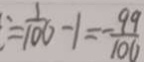
= \frac { 1 } { 1 0 0 } - 1 = - \frac { 9 9 } { 1 0 0 }